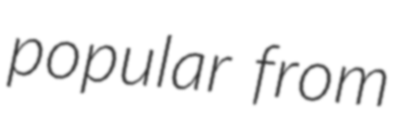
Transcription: popular from